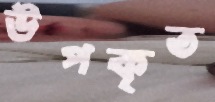
উপকৃত